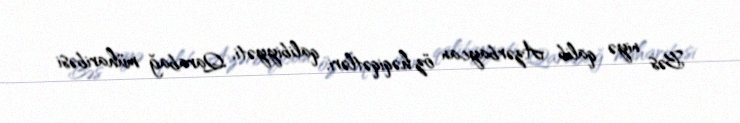
Bəs niyə qalib Azərbaycan öz həqiqətləri, qalibiyyəti, Qarabağ müharibəsi